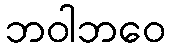
ဘဝါဘဝေ